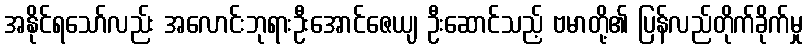
အနိုင်ရသော်လည်း အလောင်းဘုရားဦးအောင်ဇေယျ ဦးဆောင်သည့် ဗမာတို့၏ ပြန်လည်တိုက်ခိုက်မှု